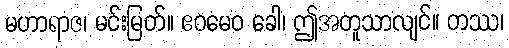
မဟာရာဇ၊ မင်းမြတ်။ ဧဝမေဝ ခေါ၊ ဤအတူသာလျင်။ တဿ၊